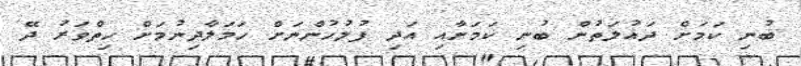
ބުނި ކަމަށް ދައުލަތުން ބުނި ކަމަށާއި އަދި ފުލުހުންނަށް ހަމަލާދިނުމަށް ހިތްވަރު ދޭ